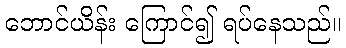
ဘောင်ယိန်း ကြောင်၍ ရပ်နေသည်။